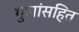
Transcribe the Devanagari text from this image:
गुणांसहित